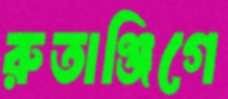
রুতাঞ্জিগে